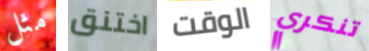
مثل اختنق الوقت تنكري